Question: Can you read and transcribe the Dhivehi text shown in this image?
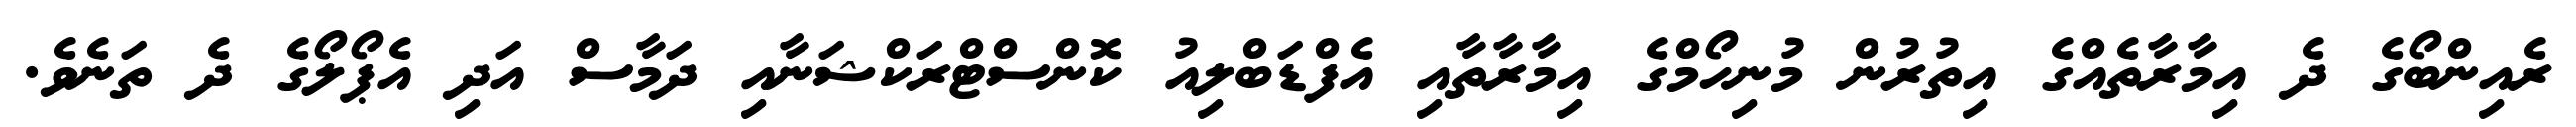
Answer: ރެއިންބޯގެ ދެ އިމާރާތެއްގެ އިތުރުން މުނިހޯމްގެ އިމާރާތާއި އެފްޑަބްލިއު ކޮންސްޓްރަކްޝަނާއި ދަމާސް އަދި އެޕޯލޯގެ ދެ ތަނެވެ.